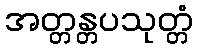
အတ္တန္တပသုတ္တံ